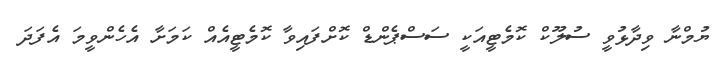
ޔުމްނާ ވިދާޅުވީ ސުލޫކް ކޮމެޓީއަކީ ސަސްޕެންޑް ކޮށްފައިވާ ކޮމެޓީއެއް ކަމަށާ އެހެންވީމަ އެފަދަ